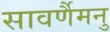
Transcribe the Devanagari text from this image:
सावर्णैमनु